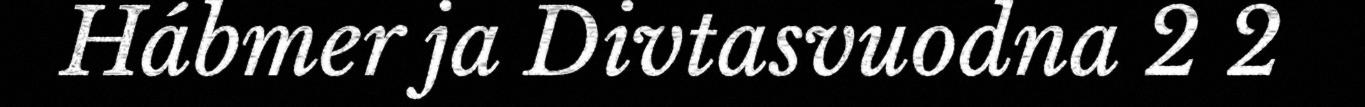
Hábmer ja Divtasvuodna 2 2